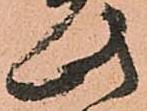
此